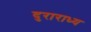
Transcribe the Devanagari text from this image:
दुराराध्य